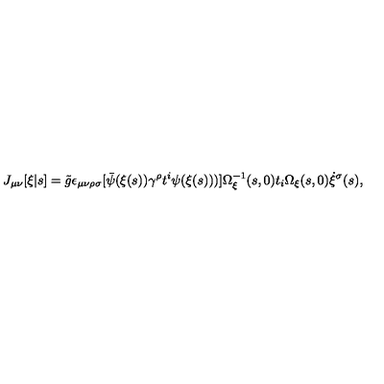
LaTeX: J _ { \mu \nu } [ \xi | s ] = \tilde { g } \epsilon _ { \mu \nu \rho \sigma } [ \bar { \psi } ( \xi ( s ) ) \gamma ^ { \rho } t ^ { i } \psi ( \xi ( s ) ) ) ] \Omega _ { \xi } ^ { - 1 } ( s , 0 ) t _ { i } \Omega _ { \xi } ( s , 0 ) \dot { \xi } ^ { \sigma } ( s ) ,